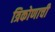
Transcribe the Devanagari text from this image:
त्रिकोणाची